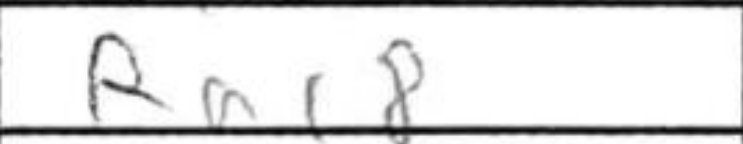
Transcription: Rac8